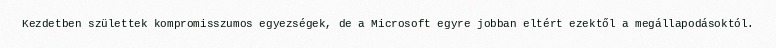
Kezdetben születtek kompromisszumos egyezségek, de a Microsoft egyre jobban eltért ezektől a megállapodásoktól.